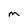
Character: M